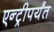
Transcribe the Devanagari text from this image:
एन्ट्रीपर्यंत